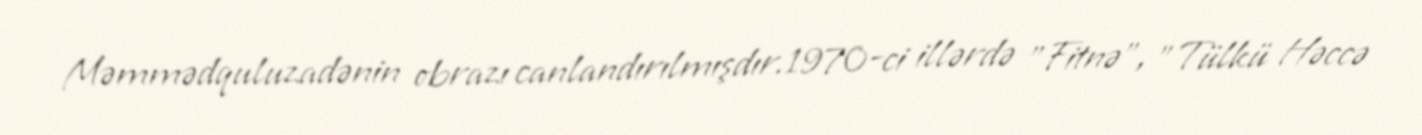
Məmmədquluzadənin obrazı canlandırılmışdır.1970-ci illərdə "Fitnə", "Tülkü Həccə